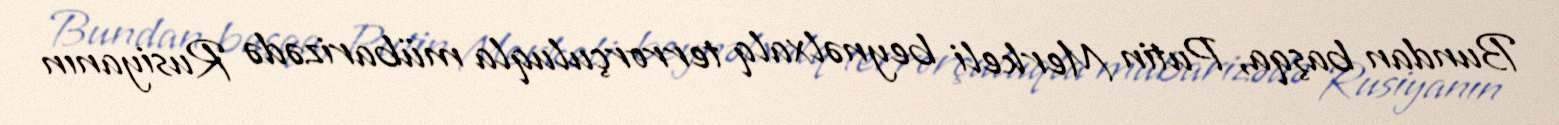
Bundan başqa, Putin Merkeli beynəlxalq terrorçuluqla mübarizədə Rusiyanın